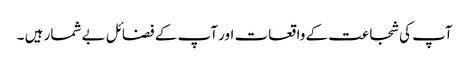
آپ کی شجاعت کے واقعات اور آپ کے فضائل بے شمار ہیں ۔